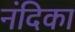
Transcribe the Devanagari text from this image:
नंदिका